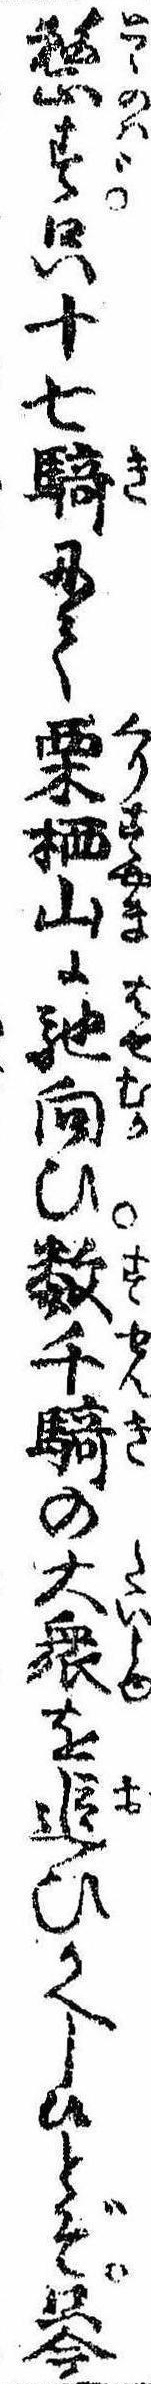
整ず只十七騎にて栗棲山に馳向ひ数千騎の大衆を追ひかへし候とぞ只今